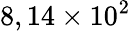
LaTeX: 8,14\times 10^{2}